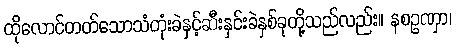
ထိုလောင်တတ်သောသံတုံးခဲနှင့်ဆီးနှင်းခဲနှစ်ခုတို့သည်လည်း။ နစဥဏှာ၊